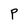
Character: P